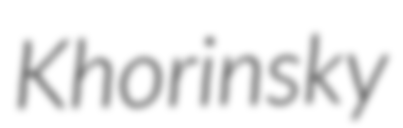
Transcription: Khorinsky